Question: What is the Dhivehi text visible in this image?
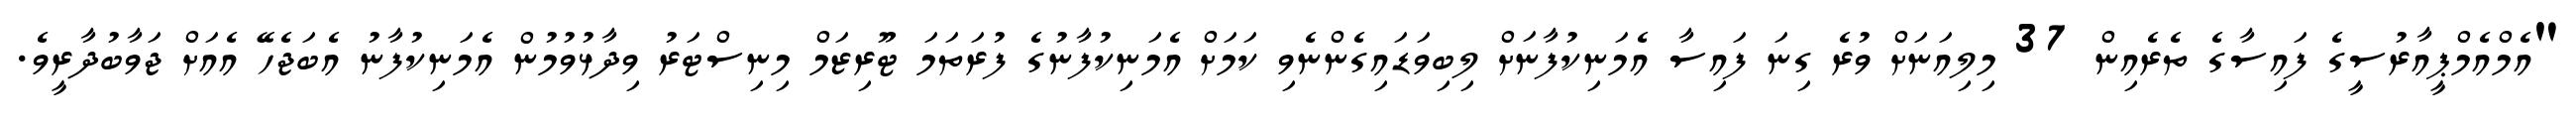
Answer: "އެމްއެމްޕީއާރުސީގެ ފައިސާގެ ތެރެއިން 37 މިލިއަނަށް ވުރެ ގިނަ ފައިސާ އެމަނިކުފާނަށް ލިބިވަޑައިގެންނެވި ކަމަށް އެމަނިކުފާނުގެ ފުރަތަމަ ޓޫރިޒަމް މިނިސްޓަރު ވިދާޅުވުމުން އެމަނިކުފާނު އެބަޖެހޭ އެއަށް ޖަވާބުދާރީވެ.